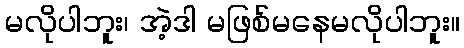
မလိုပါဘူး၊ အဲ့ဒါ မဖြစ်မနေမလိုပါဘူး။